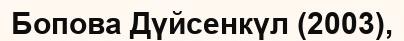
Бопова Дүйсенкүл (2003),